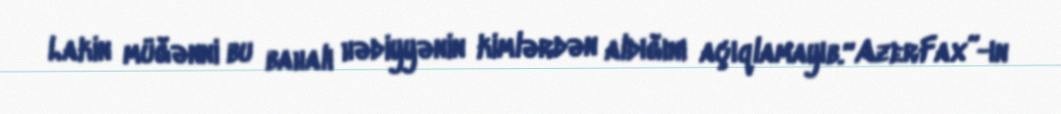
Lakin müğənni bu bahalı hədiyyənin kimlərdən aldığını açıqlamayıb.“AzerFax”-ın